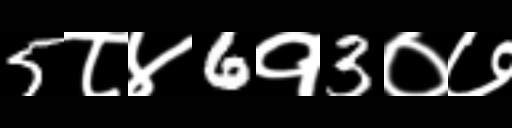
Text: 5८४6१3०७